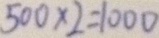
5 0 0 \times 2 = 1 0 0 0